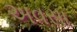
અવસા